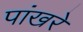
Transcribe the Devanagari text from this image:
पांखरें